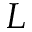
L